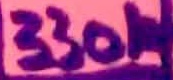
Text: 330K